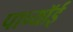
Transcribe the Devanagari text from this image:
पाच्यॉई